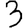
Digit: 3